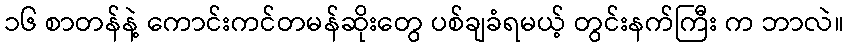
၁၆ စာတန်နဲ့ ကောင်းကင်တမန်ဆိုးတွေ ပစ်ချခံရမယ့် တွင်းနက်ကြီး က ဘာလဲ။